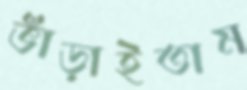
ভাঁড়াইতাম